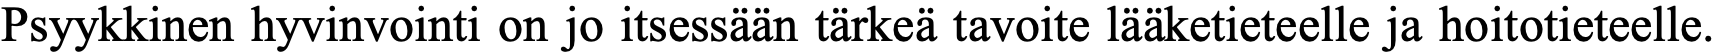
Psyykkinen hyvinvointi on jo itsessään tärkeä tavoite lääketieteelle ja hoitotieteelle.